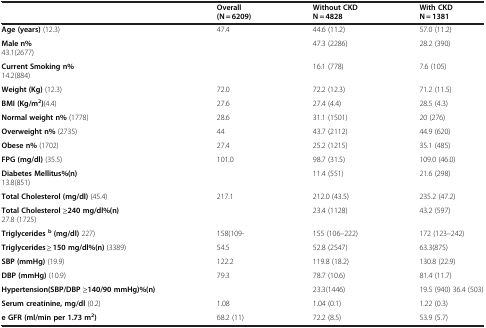
<table><thead><tr><td><b> </b></td><td><b>Overall (N = 6209)</b></td><td><b>Without CKD N = 4828</b></td><td><b>With CKD N = 1381</b></td></tr></thead><tbody><tr><td> </td><td> </td><td> </td><td> </td></tr><tr><td><b>Age (years)</b> (12.3)</td><td>47.4</td><td>44.6 (11.2)</td><td>57.0 (11.2)</td></tr><tr><td><b>Male n%</b> 43.1(2677)</td><td> </td><td>47.3 (2286)</td><td>28.2 (390)</td></tr><tr><td><b>Current Smoking n%</b> 14.2(884)</td><td> </td><td>16.1 (778)</td><td>7.6 (105)</td></tr><tr><td><b>Weight (Kg)</b> (12.3)</td><td>72.0</td><td>72.2 (12.3)</td><td>71.2 (11.5)</td></tr><tr><td><b>BMI (Kg/m</b><sup><b>2</b></sup><b>)</b>(4.4)</td><td>27.6</td><td>27.4 (4.4)</td><td>28.5 (4.3)</td></tr><tr><td><b>Normal weight n%</b> (1778)</td><td>28.6</td><td>31.1 (1501)</td><td>20 (276)</td></tr><tr><td><b>Overweight n%</b> (2735)</td><td>44</td><td>43.7 (2112)</td><td>44.9 (620)</td></tr><tr><td><b>Obese n%</b> (1702)</td><td>27.4</td><td>25.2 (1215)</td><td>35.1 (485)</td></tr><tr><td><b>FPG (mg/dl)</b> (35.5)</td><td>101.0</td><td>98.7 (31.5)</td><td>109.0 (46.0)</td></tr><tr><td><b>Diabetes Mellitus%(n)</b> 13.8(851)</td><td> </td><td>11.4 (551)</td><td>21.6 (298)</td></tr><tr><td><b>Total Cholesterol (mg/dl)</b> (45.4)</td><td>217.1</td><td>212.0 (43.5)</td><td>235.2 (47.2)</td></tr><tr><td><b>Total Cholesterol ≥240 mg/dl%(n)</b> 27.8 (1725)</td><td> </td><td>23.4 (1128)</td><td>43.2 (597)</td></tr><tr><td><b>Triglycerides</b><sup><b>b</b></sup><b>(mg/dl)</b> 227)</td><td>158(109-</td><td>155 (106–222)</td><td>172 (123–242)</td></tr><tr><td><b>Triglycerides ≥ 150 mg/dl%(n)</b> (3389)</td><td>54.5</td><td>52.8 (2547)</td><td>63.3(875)</td></tr><tr><td><b>SBP (mmHg)</b> (19.9)</td><td>122.2</td><td>119.8 (18.2)</td><td>130.8 (22.9)</td></tr><tr><td><b>DBP (mmHg)</b> (10.9)</td><td>79.3</td><td>78.7 (10.6)</td><td>81.4 (11.7)</td></tr><tr><td><b>Hypertension(SBP/DBP ≥140/90 mmHg)%(n)</b></td><td> </td><td>23.3(1446)</td><td>19.5 (940) 36.4 (503)</td></tr><tr><td><b>Serum creatinine, mg/dl</b> (0.2)</td><td>1.08</td><td>1.04 (0.1)</td><td>1.22 (0.3)</td></tr><tr><td><b>e GFR (ml/min per 1.73 m</b><sup><b>2</b></sup><b>)</b></td><td>68.2 (11)</td><td>72.2 (8.5)</td><td>53.9 (5.7)</td></tr></tbody></table>